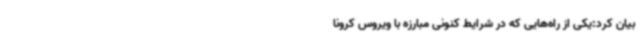
بیان کرد:یکی از راه‌هایی که در شرایط کنونی مبارزه با ویروس کرونا